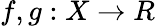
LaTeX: f,g:X\to R